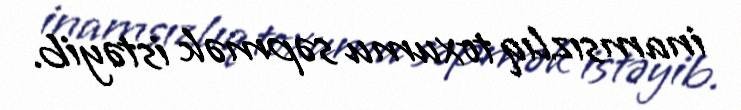
inamsızlıq toxumu səpmək istəyib.